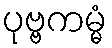
ပုဗ္ဗကမ္မံ